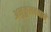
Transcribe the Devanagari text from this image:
अनुकूलबनाने